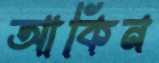
আকিন